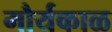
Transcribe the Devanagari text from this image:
मौर्यकाळ